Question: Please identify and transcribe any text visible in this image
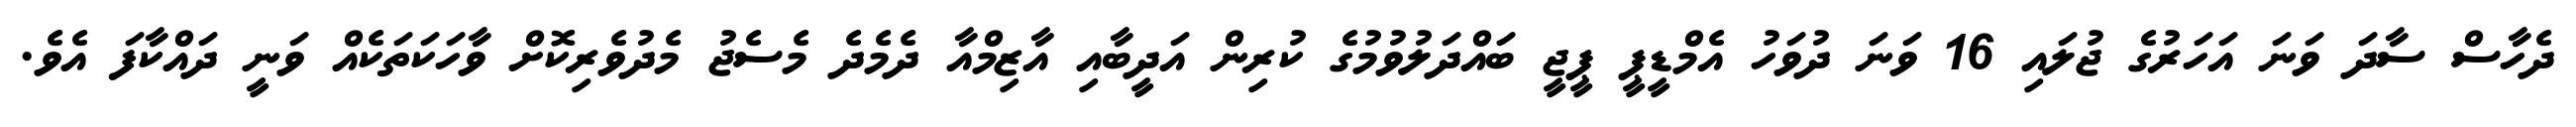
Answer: ދެހާސް ސާދަ ވަނަ އަހަރުގެ ޖުލައި 16 ވަނަ ދުވަހު އެމްޑީޕީ ޕީޖީ ބައްދަލުވުމުގެ ކުރިން އަދީބާއި އާޒިމްއާ ދެމެދެ މެސެޖު މެދުވެރިކޮށް ވާހަކަތަކެއް ވަނީ ދައްކާފަ އެވެ.